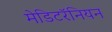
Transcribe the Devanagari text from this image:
मेडिटरॅनियन